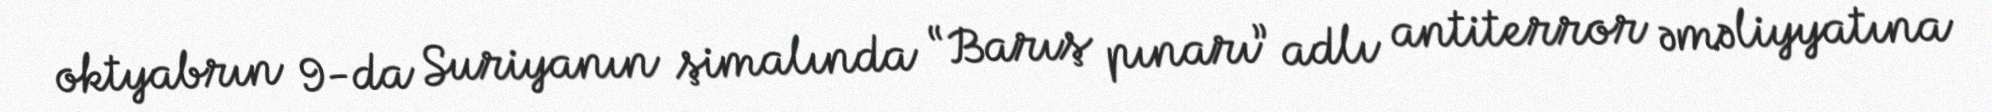
oktyabrın 9-da Suriyanın şimalında “Barış pınarı” adlı antiterror əməliyyatına